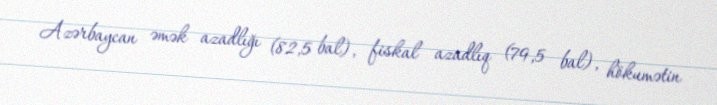
Azərbaycan əmək azadlığı (82,5 bal), fiskal azadlıq (79,5 bal), hökumətin